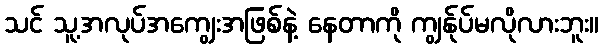
သင် သူ့အလုပ်အကျွေးအဖြစ်နဲ့ နေတာကို ကျွန်ုပ်မလိုလားဘူး။